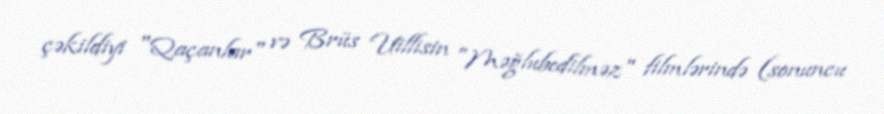
çəkildiyi "Qaçanlar" və Brüs Uillisin "Məğlubedilməz" filmlərində (sonuncu